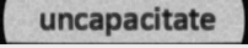
uncapacitate